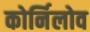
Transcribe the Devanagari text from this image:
कोर्निलोव